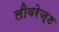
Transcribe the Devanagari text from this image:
लीवरेज़्ड